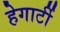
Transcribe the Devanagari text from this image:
हेगार्टी